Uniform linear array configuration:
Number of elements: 64
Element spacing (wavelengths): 1
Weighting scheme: exponential
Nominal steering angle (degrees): -30
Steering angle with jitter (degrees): -29.986
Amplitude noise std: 0.05
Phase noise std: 0.05

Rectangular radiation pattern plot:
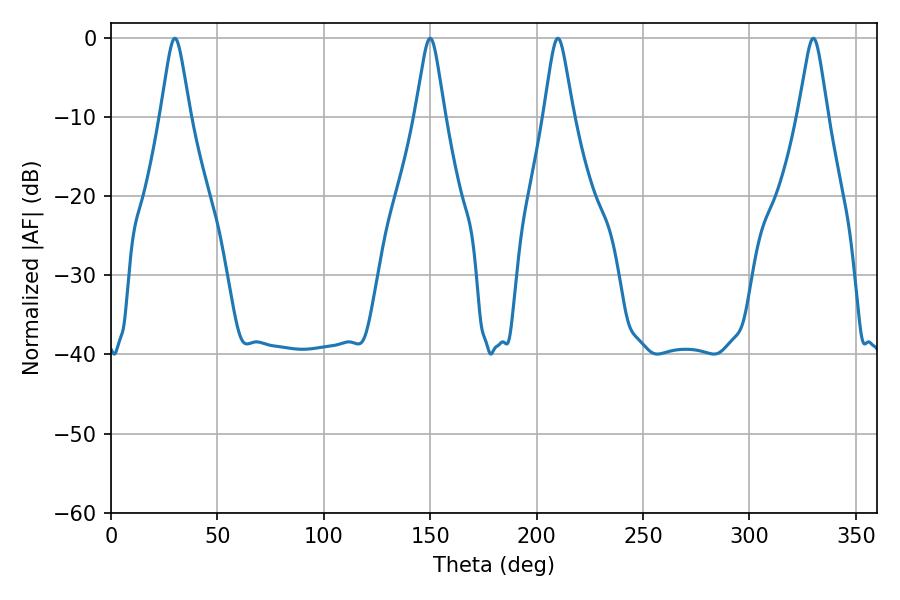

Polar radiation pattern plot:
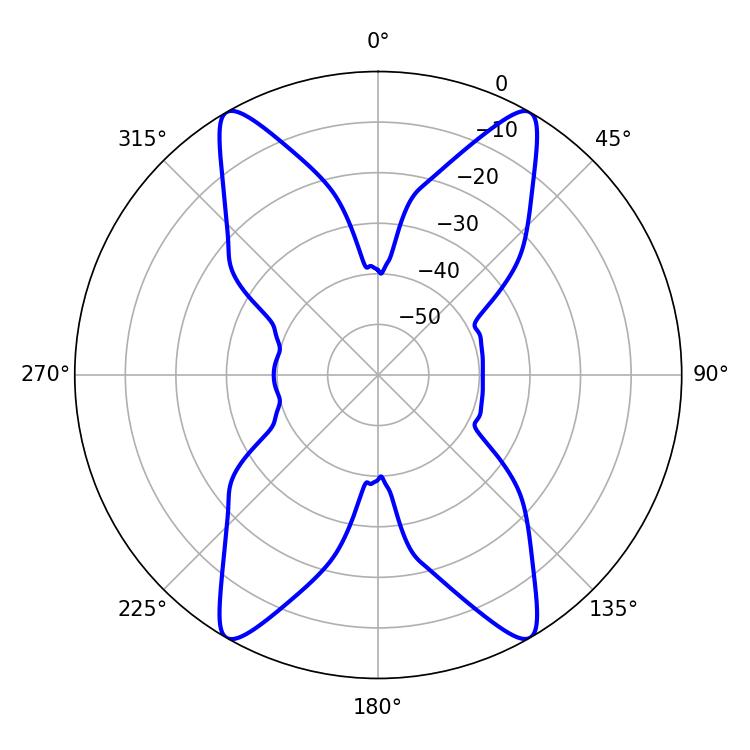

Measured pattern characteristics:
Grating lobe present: TRUE
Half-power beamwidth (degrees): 6.48
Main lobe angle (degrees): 30.06